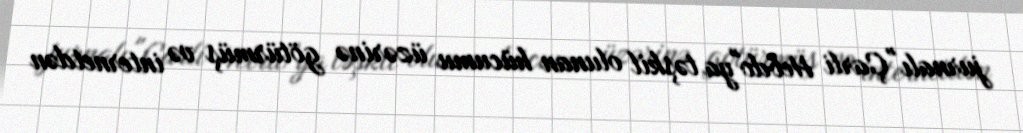
jurnalı "Çarli Hebdo"ya təşkil olunan hücumu üzərinə götürmüş və internetdən